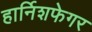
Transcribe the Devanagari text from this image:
हार्निशफेगर